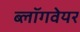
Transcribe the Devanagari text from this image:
ब्लॉगवेयर